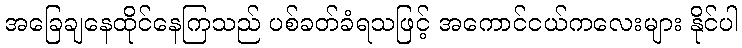
အခြေချနေထိုင်နေကြသည် ပစ်ခတ်ခံရသဖြင့် အကောင်ငယ်ကလေးများ နိုင်ပါ